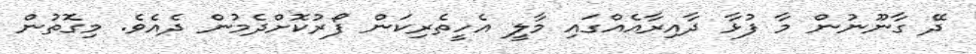
ދޭ ގާނޫނުން މާ ފުޅާ ދާއިރާއެއްގައި މާލީ އެހީތެރިކަން ފޯރުކޮށްދެމުން ދެއެވެ. މިގޮތުން